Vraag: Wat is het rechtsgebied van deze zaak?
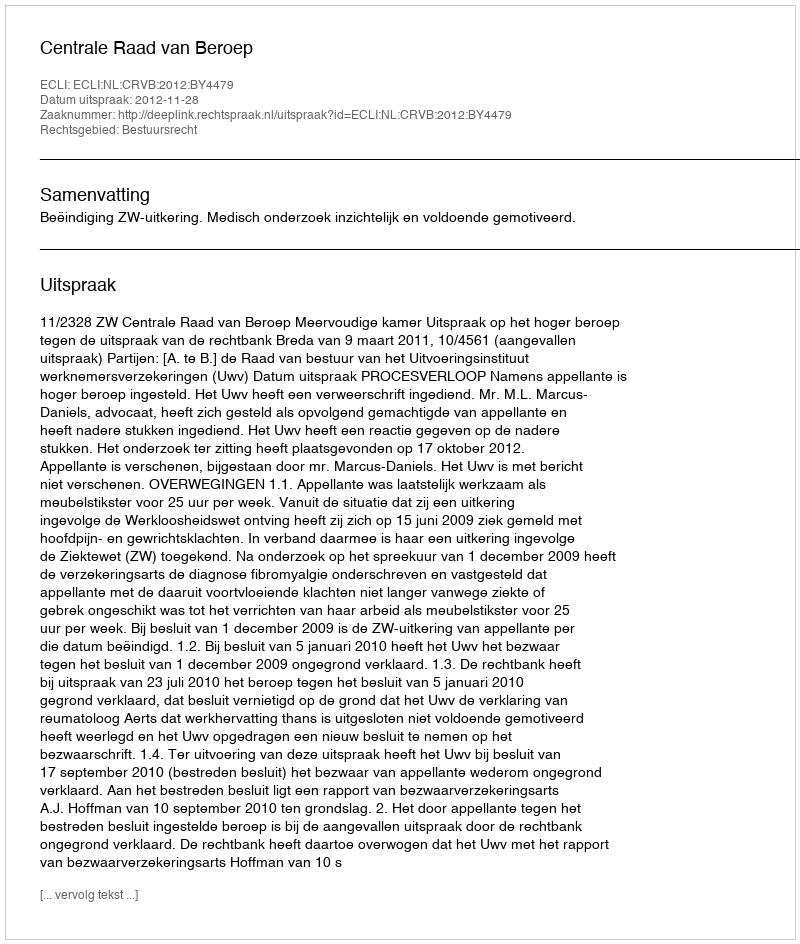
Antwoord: Bestuursrecht